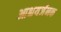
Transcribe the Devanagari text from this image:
आश्चयर्जनक